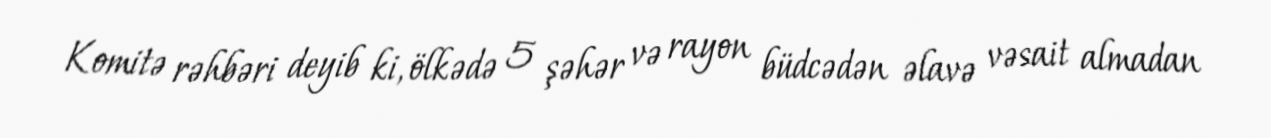
Komitə rəhbəri deyib ki, ölkədə 5 şəhər və rayon büdcədən əlavə vəsait almadan